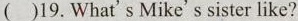
( )19. What's Mike's sister like?